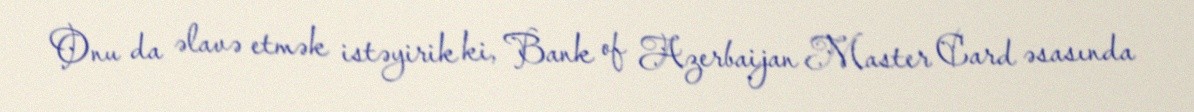
Onu da əlavə etmək istəyirik ki, Bank of Azerbaijan Master Card əsasında